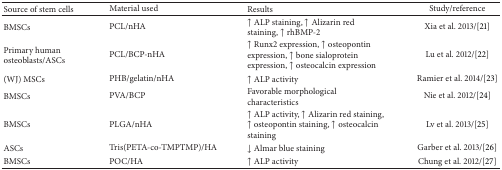
<table><thead><tr><td><b>Source of stem cells</b></td><td><b>Material used</b></td><td><b>Results</b></td><td><b>Study/reference</b></td></tr></thead><tbody><tr><td>BMSCs</td><td>PCL/nHA</td><td>↑ ALP staining, ↑ Alizarin red staining, ↑ rhBMP-2</td><td>Xia et al. 2013/[21]</td></tr><tr><td>Primary human osteoblasts/ASCs</td><td>PCL/BCP-nHA</td><td>↑ Runx2 expression, ↑ osteopontin expression, ↑ bone sialoprotein expression, ↑ osteocalcin expression</td><td>Lu et al. 2012/[22]</td></tr><tr><td>(WJ) MSCs</td><td>PHB/gelatin/nHA</td><td>↑ ALP activity </td><td>Ramier et al. 2014/[23]</td></tr><tr><td>BMSCs</td><td>PVA/BCP</td><td>Favorable morphological characteristics</td><td>Nie et al. 2012/[24]</td></tr><tr><td>BMSCs</td><td>PLGA/nHA</td><td>↑ ALP activity, ↑ Alizarin red staining, ↑ osteopontin staining, ↑ osteocalcin staining</td><td>Lv et al. 2013/[25]</td></tr><tr><td>ASCs</td><td>Tris(PETA-co-TMPTMP)/HA </td><td>↓ Almar blue staining</td><td>Garber et al. 2013/[26]</td></tr><tr><td>BMSCs</td><td>POC/HA</td><td>↑ ALP activity </td><td>Chung et al. 2012/[27]</td></tr></tbody></table>